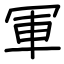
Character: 軍